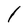
Character: l